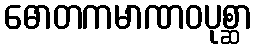
ဓောတကမာဏဝပုစ္ဆာ